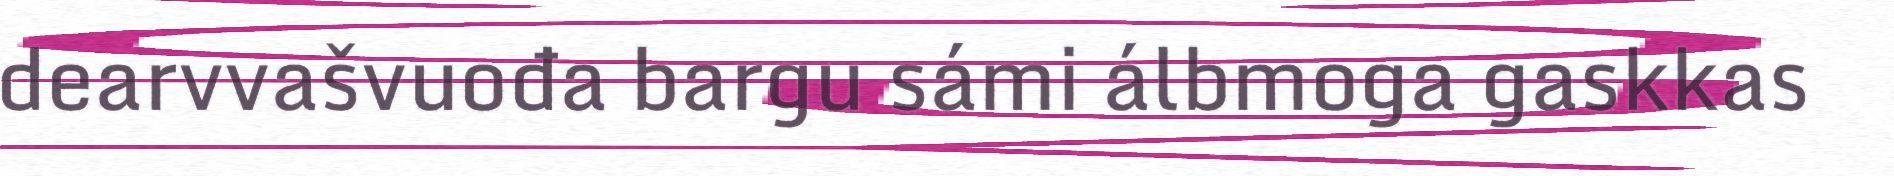
dearvvašvuođa bargu sámi álbmoga gaskkas